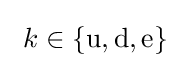
\ k\in \{\mathrm {u,d,e} \}\